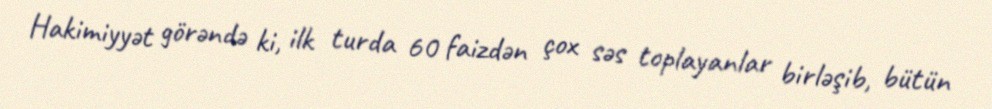
Hakimiyyət görəndə ki, ilk turda 60 faizdən çox səs toplayanlar birləşib, bütün